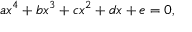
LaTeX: a x ^ { 4 } + b x ^ { 3 } + c x ^ { 2 } + d x + e = 0 ,